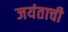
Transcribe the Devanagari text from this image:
जयंताची